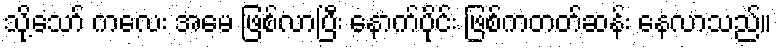
သို့သော် ကလေး အမေ ဖြစ်လာပြီး နောက်ပိုင်း ဖြစ်ကတတ်ဆန်း နေလာသည်။